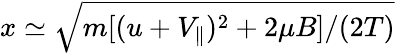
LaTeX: x\simeq\sqrt{m[(u+V_{\parallel})^{2}+2\mu B]/(2T)}